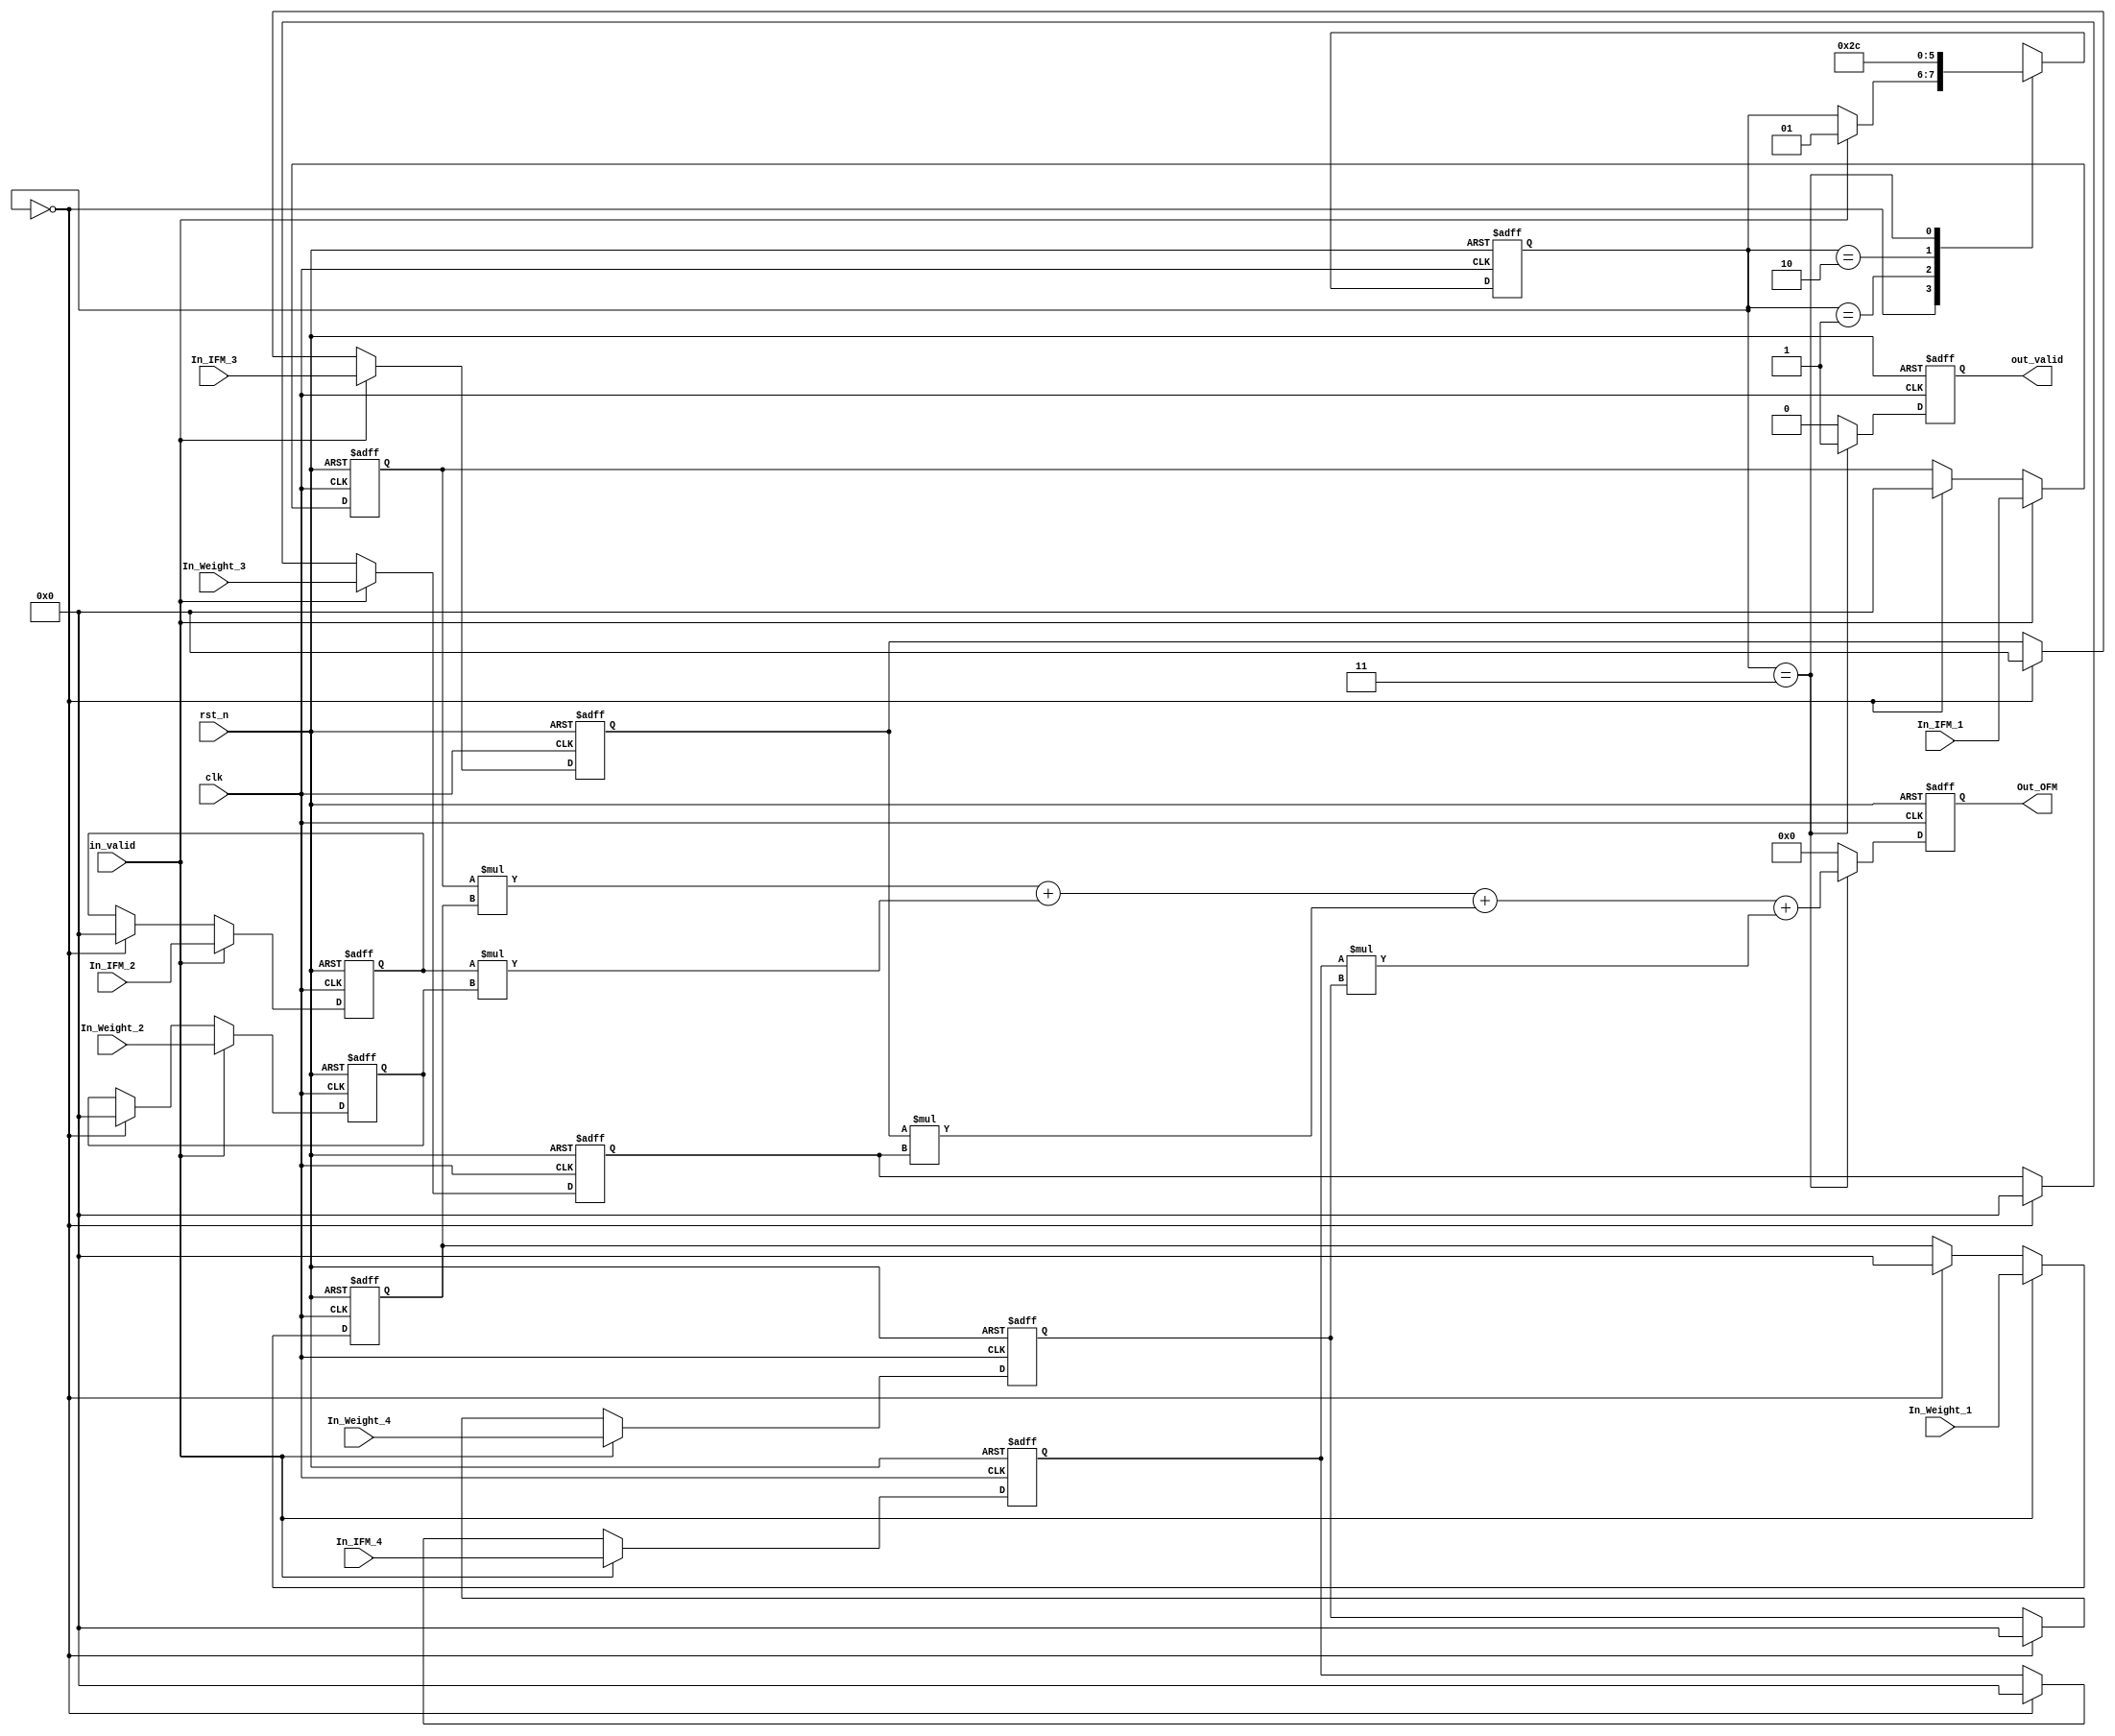
//==============================================
//==============================================				
//----------------------------------------------
//												
//	Module Name		:	Con_2x2						
//	Release version	:	v1.0					
//												
//----------------------------------------------								
//----------------------------------------------											
//	Input	:	clk,
//				rst_n,
//              IFM,
//				Weights,					
//												
//	Output	:	OFM,
//				out_valid					
//==============================================
//==============================================
module Convolution_example(
    //Input Port
    clk,
    rst_n,
	in_valid,
	In_IFM_1,
	In_IFM_2,
	In_IFM_3,
	In_IFM_4,	
	In_Weight_1,
	In_Weight_2,
	In_Weight_3,
	In_Weight_4,	
    //Output Port
    out_valid, 
	Out_OFM
    );

//---------------------------------------------------------------------
//   PORT DECLARATION
//---------------------------------------------------------------------
input clk, rst_n;
input in_valid;
input[7:0]In_IFM_1;
input[7:0]In_IFM_2;
input[7:0]In_IFM_3;
input[7:0]In_IFM_4;
input[7:0]In_Weight_1;
input[7:0]In_Weight_2;
input[7:0]In_Weight_3;
input[7:0]In_Weight_4;
output reg out_valid;
output reg [18:0]Out_OFM;


//---------------------------------
//      Parameter declaration
//---------------------------------
parameter IDLE       = 2'd0;
parameter IN         = 2'd1;
parameter Cal        = 2'd2;
parameter Out        = 2'd3;

//---------------------------------
//      Reg declaration
//---------------------------------
reg [1:0]cstate;
reg [1:0]nstate;
reg [7:0]In_1;
reg [7:0]In_2;
reg [7:0]In_3;
reg [7:0]In_4;
reg [7:0]weigts1;
reg [7:0]weigts2;
reg [7:0]weigts3;
reg [7:0]weigts4;
//reg [18:0]Adder;
wire [18:0]Adder;

//----------------------------------------------------
//          Finite-state machine (FSM)
//----------------------------------------------------
always@(posedge clk or negedge rst_n)
begin
	if(!rst_n)
		cstate <= IDLE;
	else 
		cstate <= nstate;
end

always@(*)
begin
	case(cstate)
		IDLE:  
			if(in_valid==1)   
				nstate = IN;      
			else
				nstate = cstate;
		IN:
			nstate = Cal;
		Cal:  
			nstate = Out;         
		
		Out: 	                           
			nstate = IDLE;
		default
			nstate = cstate;
	endcase
end


//----------------------------------------------------
//          Receive Inputs from Pattern
//----------------------------------------------------

always@(posedge clk or negedge rst_n)  // receive IFM
begin
	if(!rst_n)
		begin
			In_1 <= 8'd0;
			In_2 <= 8'd0;
			In_3 <= 8'd0;
			In_4 <= 8'd0;
		end
	else if(in_valid == 1)
		begin
			In_1 <= In_IFM_1;
			In_2 <= In_IFM_2;	
			In_3 <= In_IFM_3;	
			In_4 <= In_IFM_4;	
		end	
	else if(cstate == IDLE)
		begin
			In_1 <= 8'd0;
			In_2 <= 8'd0;
			In_3 <= 8'd0;
			In_4 <= 8'd0;
		end
	else
		begin
			In_1 <= In_1;
			In_2 <= In_2;
			In_3 <= In_3;
			In_4 <= In_4;
		end
end

always@(posedge clk or negedge rst_n)  // receive weights
begin
	if(!rst_n)
		begin
			weigts1 <= 8'd0;
			weigts2 <= 8'd0;
			weigts3 <= 8'd0;
			weigts4 <= 8'd0;
		end
	else if(in_valid == 1)
		begin
			weigts1 <= In_Weight_1;
			weigts2 <= In_Weight_2;	
			weigts3 <= In_Weight_3;	
			weigts4 <= In_Weight_4;	
		end
	else if(cstate == IDLE)
		begin
			weigts1 <= 8'd0;
			weigts2 <= 8'd0;
			weigts3 <= 8'd0;
			weigts4 <= 8'd0;
		end	
	else
		begin
			weigts1 <= weigts1;
			weigts2 <= weigts2;
			weigts3 <= weigts3;
			weigts4 <= weigts4;
		end
end

//----------------------------------------------------
//          Convolution circuit (2x2)
//----------------------------------------------------

// Adder

/*always@(posedge clk or negedge rst_n)
begin
	if(!rst_n)
		Adder <= 19'd0;
	else if(cstate == Cal)
		Adder <= (In_1 * weigts1) +  (In_2 * weigts2)+  (In_3 * weigts3)+  (In_4 * weigts4);
	else 
		Adder <= Adder;
end
*/
assign Adder = (In_1 * weigts1) +  (In_2 * weigts2)+  (In_3 * weigts3)+  (In_4 * weigts4);
//----------------------------------------------------
//          Output the calculated data
//----------------------------------------------------
//output data
always@(posedge clk or negedge rst_n)
begin
	if(!rst_n)
		Out_OFM <= 19'd0;
	else if(cstate == Out)
		Out_OFM <= Adder;
	else 
		Out_OFM <= 19'd0;
end

//output valid
always@(posedge clk or negedge rst_n)
begin
	if(!rst_n)
		out_valid <= 1'd0;
	else if(cstate == Out)
		out_valid <= 1'd1;
	else 
		out_valid <= 1'd0;

end


endmodule